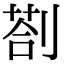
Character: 剳